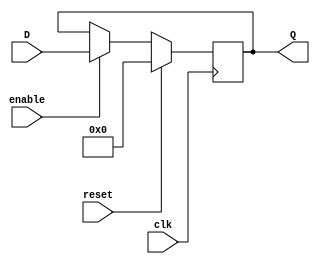
`timescale 1ns / 1ps

module PC(Q, D, clk, reset, enable);
input  clk, reset, enable;   
input  [7:0] D;       
output reg [7:0] Q=8'b00000000;

always @(posedge clk)
    begin
      #2;
      if (reset == 1)
        Q=8'b00000000;
      else if(enable == 1)
        Q=D;
    end
endmodule